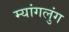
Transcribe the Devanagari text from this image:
म्यांगलुंग